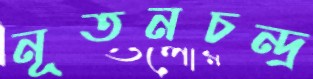
নূতনচন্দ্র